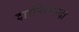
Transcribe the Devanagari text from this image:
शान्तिभन्दा